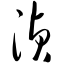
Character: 浈